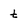
Character: t